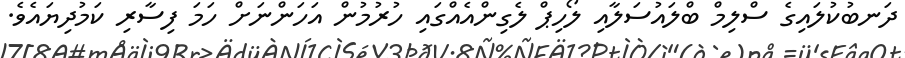
ދަނބުކުލައިގެ ސްލިމް ބްލައުސަލާއި ލޯހިޕް ލެގިންއެއްގައި ހުރުމުން އަހަންނަށް ހަމަ ފިސާރި ކަމުދިޔައެވެ.